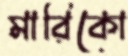
মারিকো